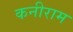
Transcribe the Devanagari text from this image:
कनीराम